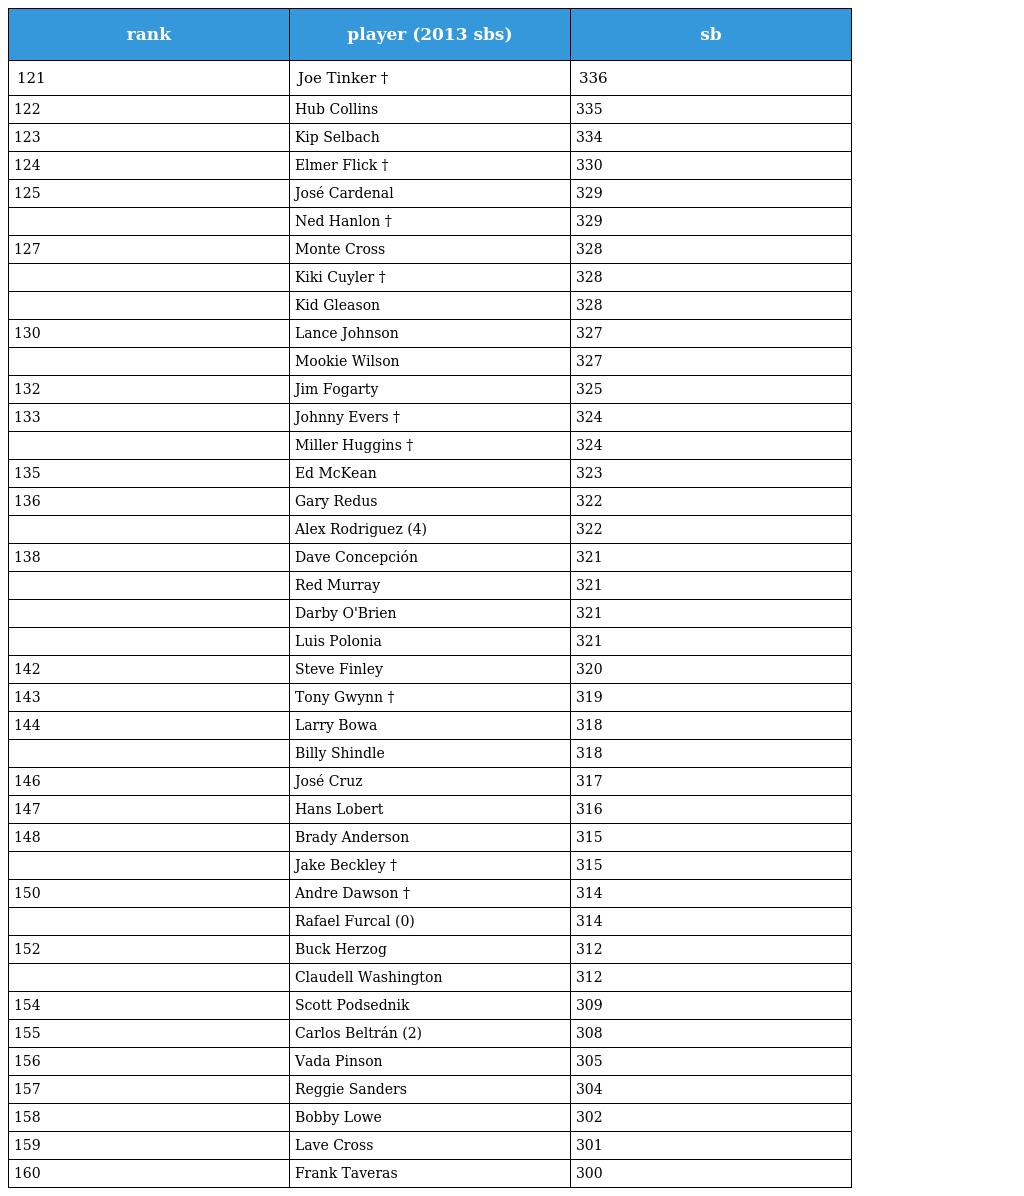
| rank | player (2013 sbs) | sb |
 | --- | --- | --- |
 | 121 | Joe Tinker † | 336 |
 | 122 | Hub Collins | 335 |
 | 123 | Kip Selbach | 334 |
 | 124 | Elmer Flick † | 330 |
 | 125 | José Cardenal | 329 |
 |  | Ned Hanlon † | 329 |
 | 127 | Monte Cross | 328 |
 |  | Kiki Cuyler † | 328 |
 |  | Kid Gleason | 328 |
 | 130 | Lance Johnson | 327 |
 |  | Mookie Wilson | 327 |
 | 132 | Jim Fogarty | 325 |
 | 133 | Johnny Evers † | 324 |
 |  | Miller Huggins † | 324 |
 | 135 | Ed McKean | 323 |
 | 136 | Gary Redus | 322 |
 |  | Alex Rodriguez (4) | 322 |
 | 138 | Dave Concepción | 321 |
 |  | Red Murray | 321 |
 |  | Darby O'Brien | 321 |
 |  | Luis Polonia | 321 |
 | 142 | Steve Finley | 320 |
 | 143 | Tony Gwynn † | 319 |
 | 144 | Larry Bowa | 318 |
 |  | Billy Shindle | 318 |
 | 146 | José Cruz | 317 |
 | 147 | Hans Lobert | 316 |
 | 148 | Brady Anderson | 315 |
 |  | Jake Beckley † | 315 |
 | 150 | Andre Dawson † | 314 |
 |  | Rafael Furcal (0) | 314 |
 | 152 | Buck Herzog | 312 |
 |  | Claudell Washington | 312 |
 | 154 | Scott Podsednik | 309 |
 | 155 | Carlos Beltrán (2) | 308 |
 | 156 | Vada Pinson | 305 |
 | 157 | Reggie Sanders | 304 |
 | 158 | Bobby Lowe | 302 |
 | 159 | Lave Cross | 301 |
 | 160 | Frank Taveras | 300 |